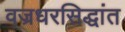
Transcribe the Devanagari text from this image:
वज्रधरसिद्धांत